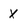
Character: x